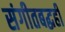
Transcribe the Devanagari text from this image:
संगीतबद्धही